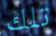
تلك